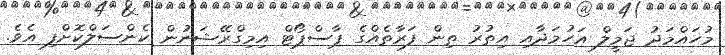
މުހައްމަދު ޖަމީލް އަހުމަދާއި އިތުރު ތިން ފަރާތެއްގެ ޕާސްޕޯޓް އިމިގްރޭޝަނުން ކެންސަލްކޮށްފި އެވެ.